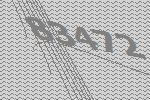
83472